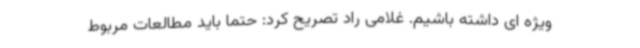
ویژه ای داشته باشیم. غلامی راد تصریح کرد: حتما باید مطالعات مربوط